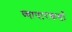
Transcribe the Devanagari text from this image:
व्यापारकर्ता